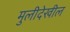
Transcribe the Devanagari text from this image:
मुलीदेखील